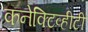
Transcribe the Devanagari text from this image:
कनेक्टिव्हीटी